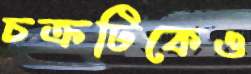
চক্রটিকেও